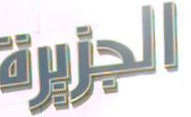
الجزيرة